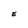
Character: E